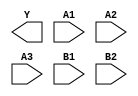
module sky130_fd_sc_hdll__o32ai (
    Y ,
    A1,
    A2,
    A3,
    B1,
    B2
);

    output Y ;
    input  A1;
    input  A2;
    input  A3;
    input  B1;
    input  B2;

    // Voltage supply signals
    supply1 VPWR;
    supply0 VGND;
    supply1 VPB ;
    supply0 VNB ;

endmodule